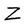
Character: Z